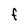
Character: F